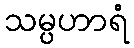
သမ္ပဟာရံ